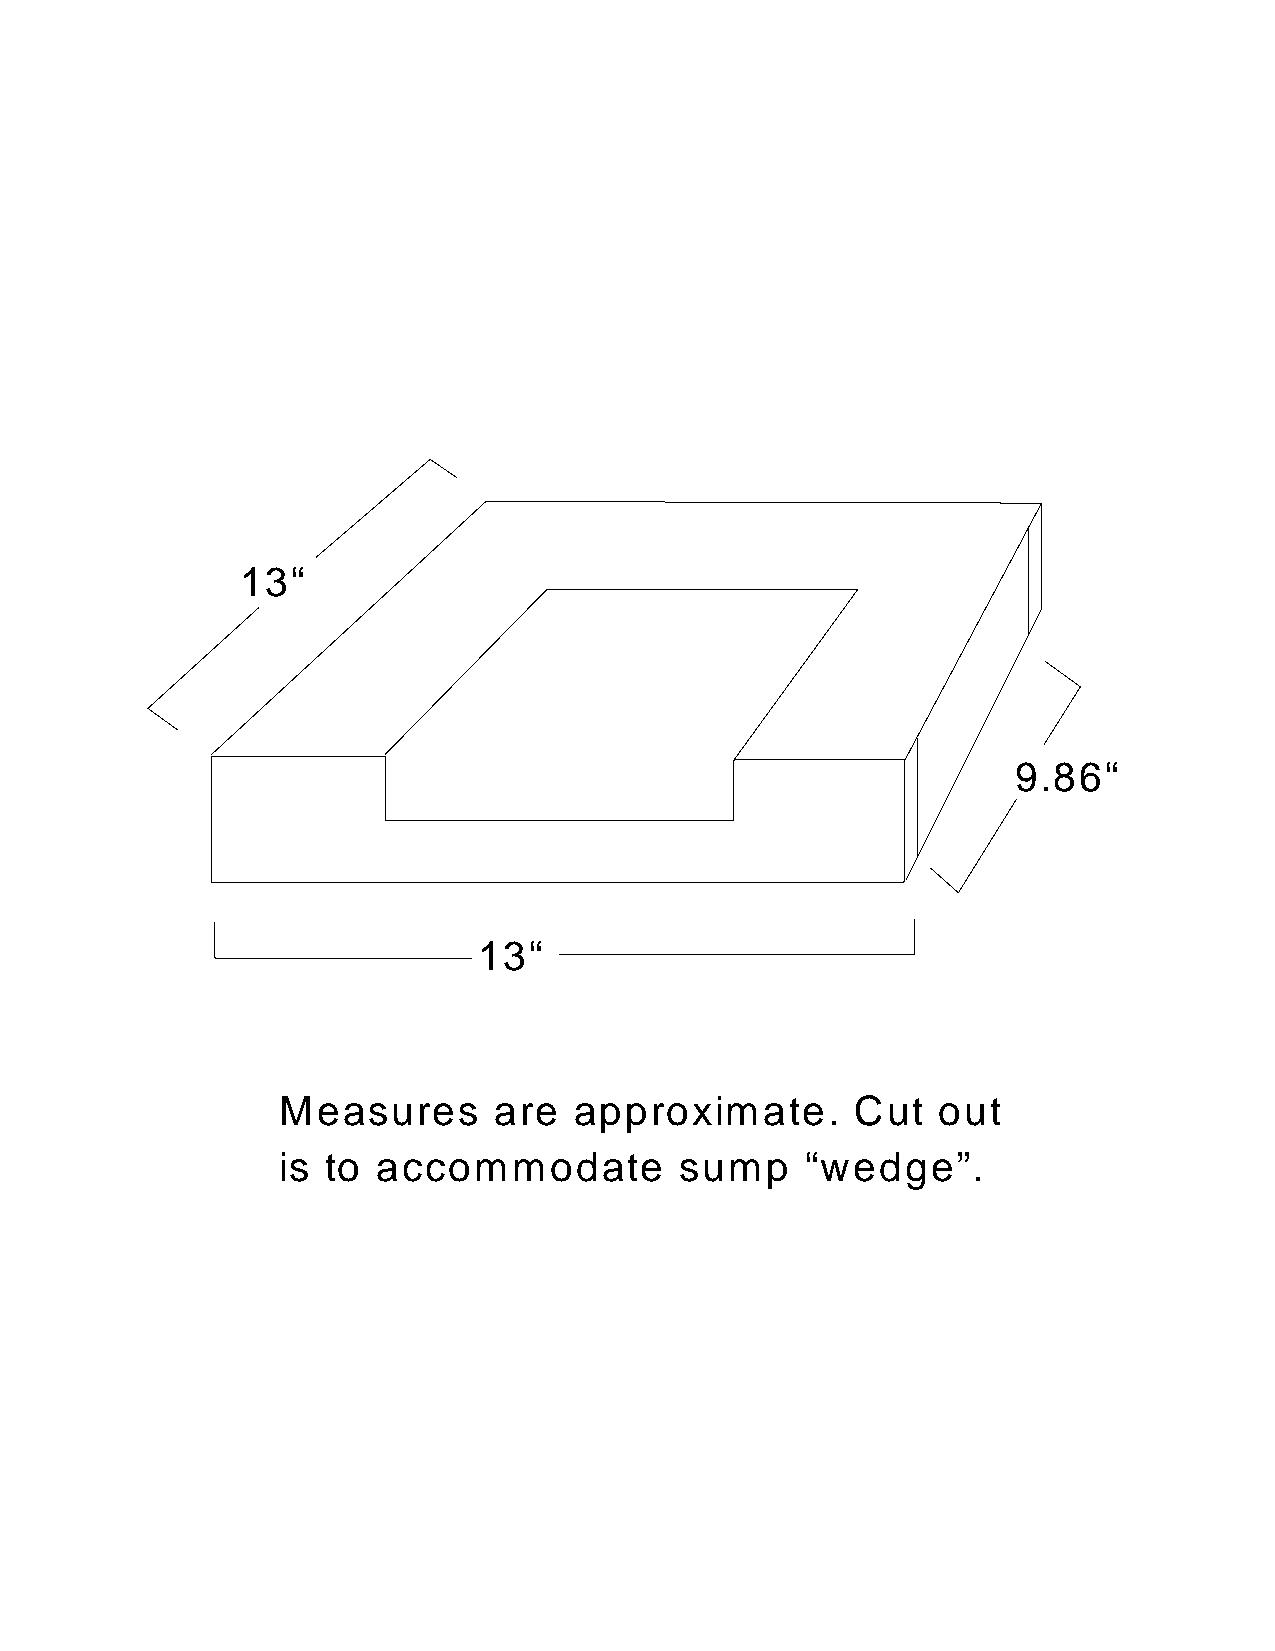
13“
 9.86“
 13“
 Measures    are  approximate.    Cut  out
 is to accommodate      sump   “wedge”.